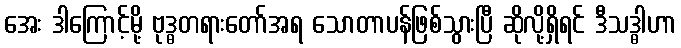
အေး ဒါကြောင့်မို့ ဗုဒ္ဓတရားတော်အရ သောတာပန်ဖြစ်သွားပြီ ဆိုလို့ရှိရင် ဒီသဒ္ဓါဟာ